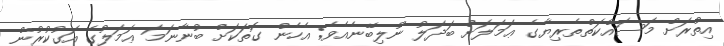
އިތުރަށް މަސައްކަތްތެރިޔާގެ ޢަމަލަށް ބަދަލު ނުލިބޭނެއެވެ; އެހެން ގޮތަކަށް ބުނާނަމަ ޢަމަލުގެ އަގުކުރުން